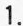
1.